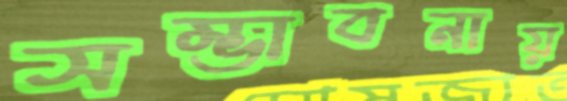
সম্ভাবনায়